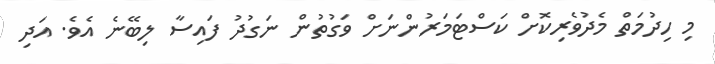
މި ހިދުމަތް މެދުވެރިކޮށް ކަސްޓަމަރުންނަށް ވަގުތުން ނަގުދު ފައިސާ ލިބޭނެ އެވެ. އަދި